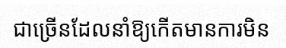
ជាច្រើនដែលនាំឱ្យកើតមានការមិន